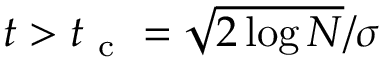
t > t _ { \mathrm { ~ c ~ } } = \sqrt { 2 \log N } / \sigma